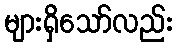
များရှိသော်လည်း